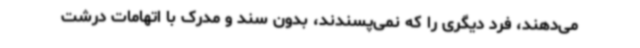
می‌دهند، فرد دیگری را که نمی‌پسندند، بدون سند و مدرک با اتهامات درشت